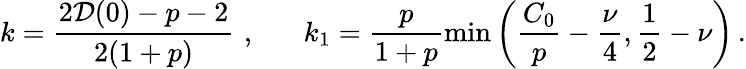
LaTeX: k=\frac{2{\cal D}(0)-p-2}{2(1+p)}\, \, ,\, \, \, \, \, \, \, \, \, \, k_{1}=\frac{p}{1+p}\operatorname*{min}\left(\frac{C_{0}}{p}-\frac{\nu}{4},\frac{1}{2}-\nu\right)\, \mathrm{.}